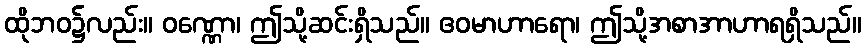
ထိုဘဝ၌လည်း။ ဝဏ္ဏော၊ ဤသို့ဆင်းရှိသည်။ ဧဝမာဟာရော၊ ဤသို့အစာအာဟာရရှိသည်။